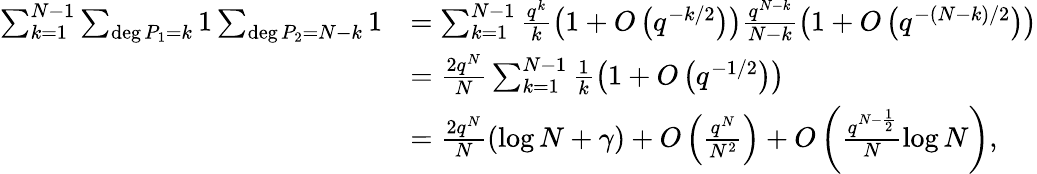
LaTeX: \begin{array}{rl}{\sum_{k=1}^{N-1}\sum_{\deg P_{1}=k}1\sum_{\deg P_{2}=N-k}1}&{=\sum_{k=1}^{N-1}\frac{q^{k}}{k}\left(1+O\left(q^{-k/2}\right)\right)\frac{q^{N-k}}{N-k}\left(1+O\left(q^{-(N-k)/2}\right)\right)}\\ &{=\frac{2q^{N}}{N}\sum_{k=1}^{N-1}\frac{1}{k}\left(1+O\left(q^{-1/2}\right)\right)}\\ &{=\frac{2q^{N}}{N}(\log N+\gamma)+O\left(\frac{q^{N}}{N^{2}}\right)+O\left(\frac{q^{N-\frac{1}{2}}}{N}\log N\right),}\end{array}